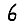
Digit: 6